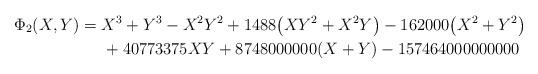
LaTeX: \begin{gather*}\Phi_2(X,Y)= X^3+Y^3-X^2Y^2+1488 \big(XY^2+X^2Y\big)-162000\big(X^2+Y^2\big)\\\hphantom{\Phi_2(X,Y)=}{} +40773375XY+8748000000(X+Y)-157464000000000\end{gather*}